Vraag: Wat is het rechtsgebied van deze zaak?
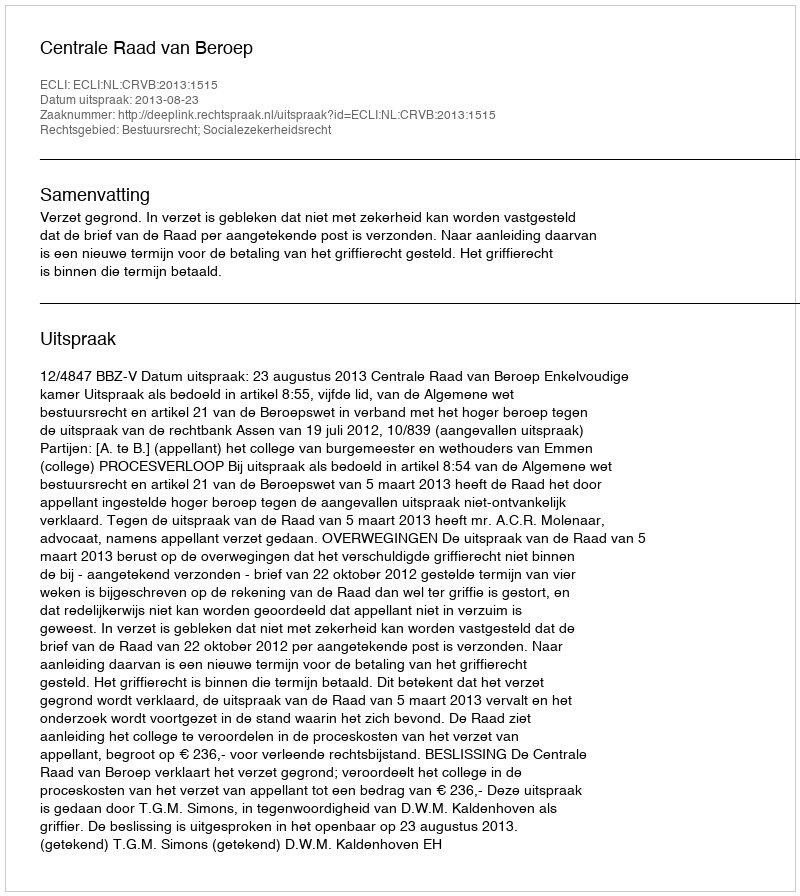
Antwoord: Bestuursrecht; Socialezekerheidsrecht